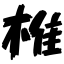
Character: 椎